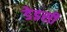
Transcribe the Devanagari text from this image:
डेइसी